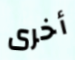
أخرى